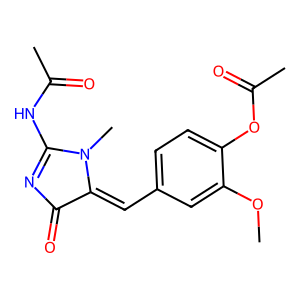
SMILES: COc1cc(C=C2C(=O)N=C(NC(C)=O)N2C)ccc1OC(C)=O
Inhibits HIV replication: No